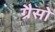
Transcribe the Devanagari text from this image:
ग्रैसो